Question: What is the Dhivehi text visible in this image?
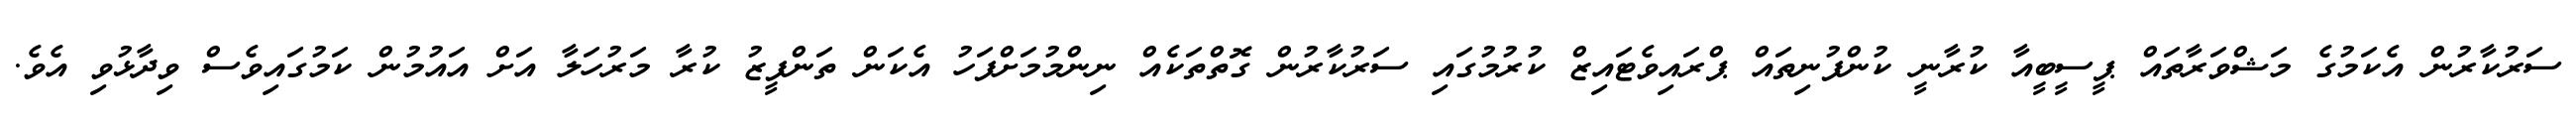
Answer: ސަރުކާރުން އެކަމުގެ މަޝްވަރާތައް ޕީސީބީއާ ކުރާނީ ކުންފުނިތައް ޕްރައިވެޓައިޒް ކުރުމުގައި ސަރުކާރުން ގޮތްތަކެއް ނިންމުމަށްފަހު އެކަން ތަންފީޒު ކުރާ މަރުހަލާ އަށް އައުމުން ކަމުގައިވެސް ވިދާޅުވި އެވެ.